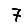
Digit: 7